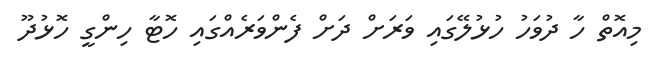
މިއޮތް ހާ ދުވަހު ހުޅުލޭގައި ވަރަށް ދަށް ފެންވަރެއްގައި ހޮޓާ ހިންގީ ހޮޅުދޫ